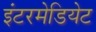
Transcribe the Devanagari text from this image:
इंटरमेडियेट